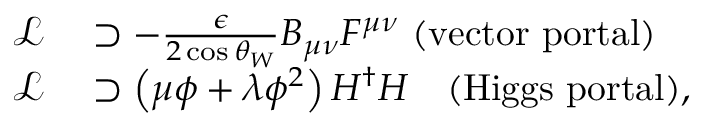
\begin{array} { r l } { \mathcal { L } } & { { } \supset - \frac { \epsilon } { 2 \cos \theta _ { W } } B _ { \mu \nu } F ^ { \mu \nu } \ \mathrm { ( v e c t o r \ p o r t a l ) } } \\ { \mathcal { L } } & { { } \supset \left( \mu \phi + \lambda \phi ^ { 2 } \right) H ^ { \dagger } H \ \ \ \mathrm { ( H i g g s \ p o r t a l ) } , } \end{array}